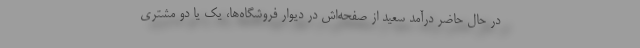
در حال حاضر درآمد سعید از صفحه‌اش در دیوار فروشگاه‌ها، یک یا دو مشتری